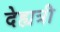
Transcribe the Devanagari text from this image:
देह्यत्री